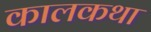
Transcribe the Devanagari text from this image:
कालकथा